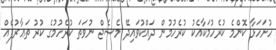
ހުށަހަޅާ ކޮންމެ ކުރެހުމަކާއެކު ކުރެހުމުން ދައްކުވައިދޭ މެސެޖް ނުވަތަ ކުރެހުމުގެ ކުރު ތަޢާރުފެއް